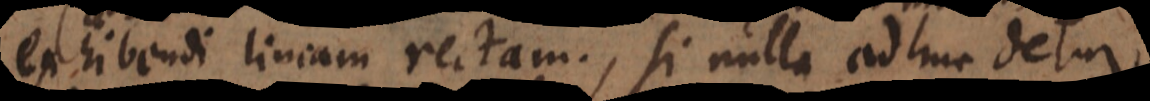
exhibendi lineam rectam, si nulla adhuc detur,